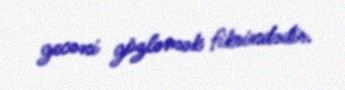
gecəni gözləmək fikrindədir.